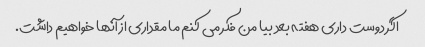
اگر دوست داری هفته بعد بیا من فکر می کنم ما مقداری از آنها خواهیم داشت.